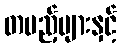
တပည့်များနှင့်